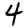
Digit: 4